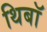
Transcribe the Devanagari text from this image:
थिबॉ